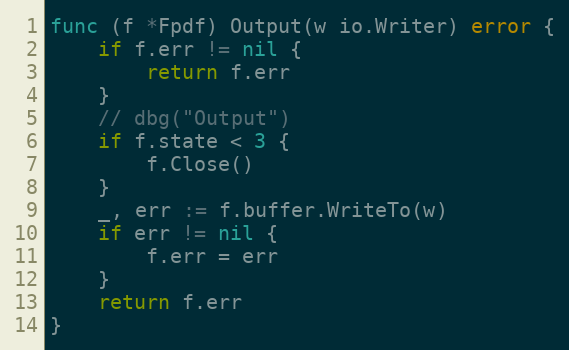
Language: Go
func (f *Fpdf) Output(w io.Writer) error {
	if f.err != nil {
		return f.err
	}
	// dbg("Output")
	if f.state < 3 {
		f.Close()
	}
	_, err := f.buffer.WriteTo(w)
	if err != nil {
		f.err = err
	}
	return f.err
}